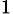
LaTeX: _1